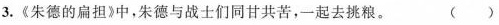
3.《朱德的扁担》中，朱德与战士们同甘共苦，一起去挑粮。（ ）